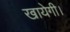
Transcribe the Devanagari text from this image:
खायेगी।